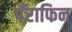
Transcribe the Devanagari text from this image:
पॅराफिन